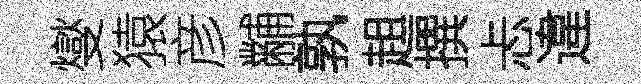
燮猿彦黼孰趄撰忐違